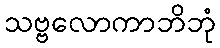
သဗ္ဗလောကာဘိဘုံ